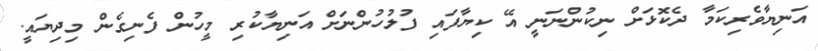
އަނިޔާވެރިކަމާ ދެކޮޅަށް ނިކުންނަނީ އޭ ކިޔާފައި ފުލުހުންނަށް އަނިޔާކުރި މީހުން ފެނިގެން މިދިޔައީ.